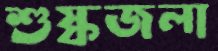
শুষ্কজলা